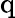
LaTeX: \mathrm{q}